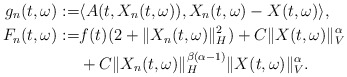
\begin{align*}g_n(t,\omega):= & \langle A(t, X_n(t,\omega)), X_n(t,\omega) - X(t,\omega) \rangle , \\F_n(t,\omega):= & f(t)(2+\Vert X_n(t,\omega)\Vert_H^2) + C\Vert X(t,\omega)\Vert_V^{\alpha} \\& + C \Vert X_n(t,\omega)\Vert_H^{\beta(\alpha-1)} \Vert X(t,\omega)\Vert_V^{\alpha} .\end{align*}